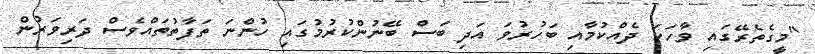
"މީގެތެރޭގައި ވާހަކަ ދެއްކުމާއި ބަހުރުވަ އަދި ބަސް ބޭނުންކުރުމުގައި ހުންނަ ތަފާތުތައްވެސް ދަރިވަރުން